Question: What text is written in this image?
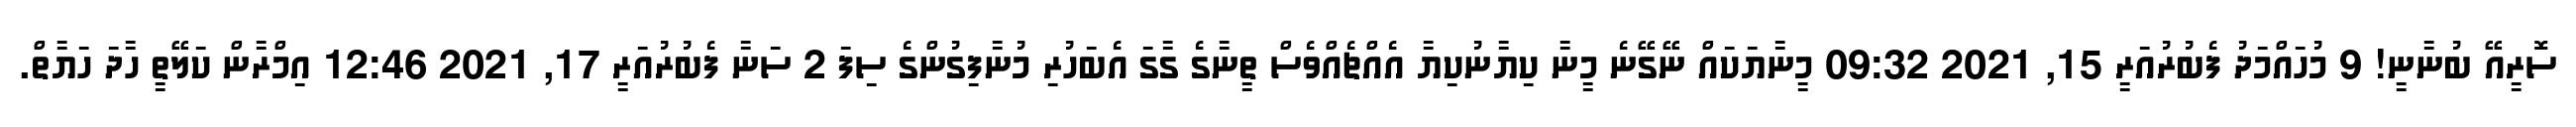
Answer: ސޮރީއޭ ބުނާނީ! 9 މުހައްމަދު ފެބުރުއަރީ 15, 2021 09:32 މީނާޔަކައް ނޭގޭނެ މީނާ ކިޔާނުކިޔާ އެއްޗެއްވެސް ތީނާގެ ގާގަ އެބަހުރި މުނާފިގުންގެ ސިފަ 2 ސަނާ ފެބުރުއަރީ 17, 2021 12:46 އިމްރާން ކަލޭތީ ހާދަ ހަޔާތް.